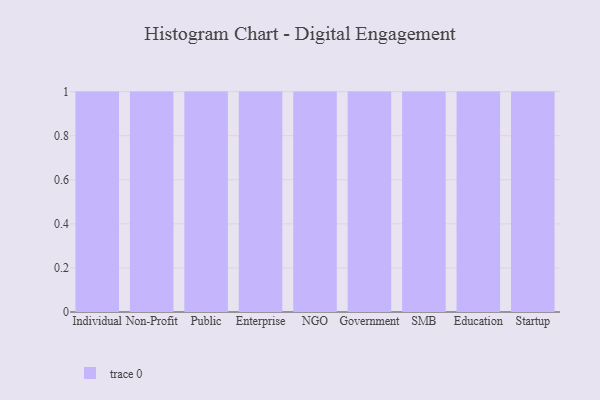
{"axis": {"x": "Segment", "y": "Headcount"}, "legend": [""], "data": [{"x": "Individual", "y": 52, "type": ""}, {"x": "Non-Profit", "y": 86, "type": ""}, {"x": "Public", "y": 17, "type": ""}, {"x": "Enterprise", "y": 67, "type": ""}, {"x": "NGO", "y": 23, "type": ""}, {"x": "Government", "y": 82, "type": ""}, {"x": "SMB", "y": 13, "type": ""}, {"x": "Education", "y": 76, "type": ""}, {"x": "Startup", "y": 60, "type": ""}]}